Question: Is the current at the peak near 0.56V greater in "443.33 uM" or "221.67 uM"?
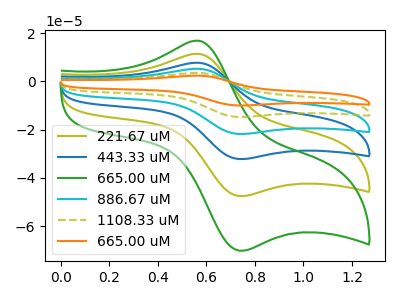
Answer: <think>The olive curve "221.67 uM" has an anodic peak at (0.55V, 11.45uA) and a cathodic peak at (0.75V, -47.55uA). The blue curve "443.33 uM" has an anodic peak at (0.55V, 22.90uA) and a cathodic peak at (0.75V, -95.05uA). The green curve "665.00 uM" has an anodic peak at (0.55V, 16.90uA) and a cathodic peak at (0.75V, -70.20uA). The cyan curve "886.67 uM" has an anodic peak at (0.55V, 34.30uA) and a cathodic peak at (0.75V, -142.60uA). The olive dashed curve "1108.33 uM" has an anodic peak at (0.55V, 45.75uA) and a cathodic peak at (0.75V, -190.10uA). The orange curve "665.00 uM" has an anodic peak at (0.55V, 57.20uA) and a cathodic peak at (0.75V, -237.65uA).</think>
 <answer>The peak at 0.56V is higher in "443.33 uM" than in "221.67 uM".</answer>
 <eval>higher</eval>